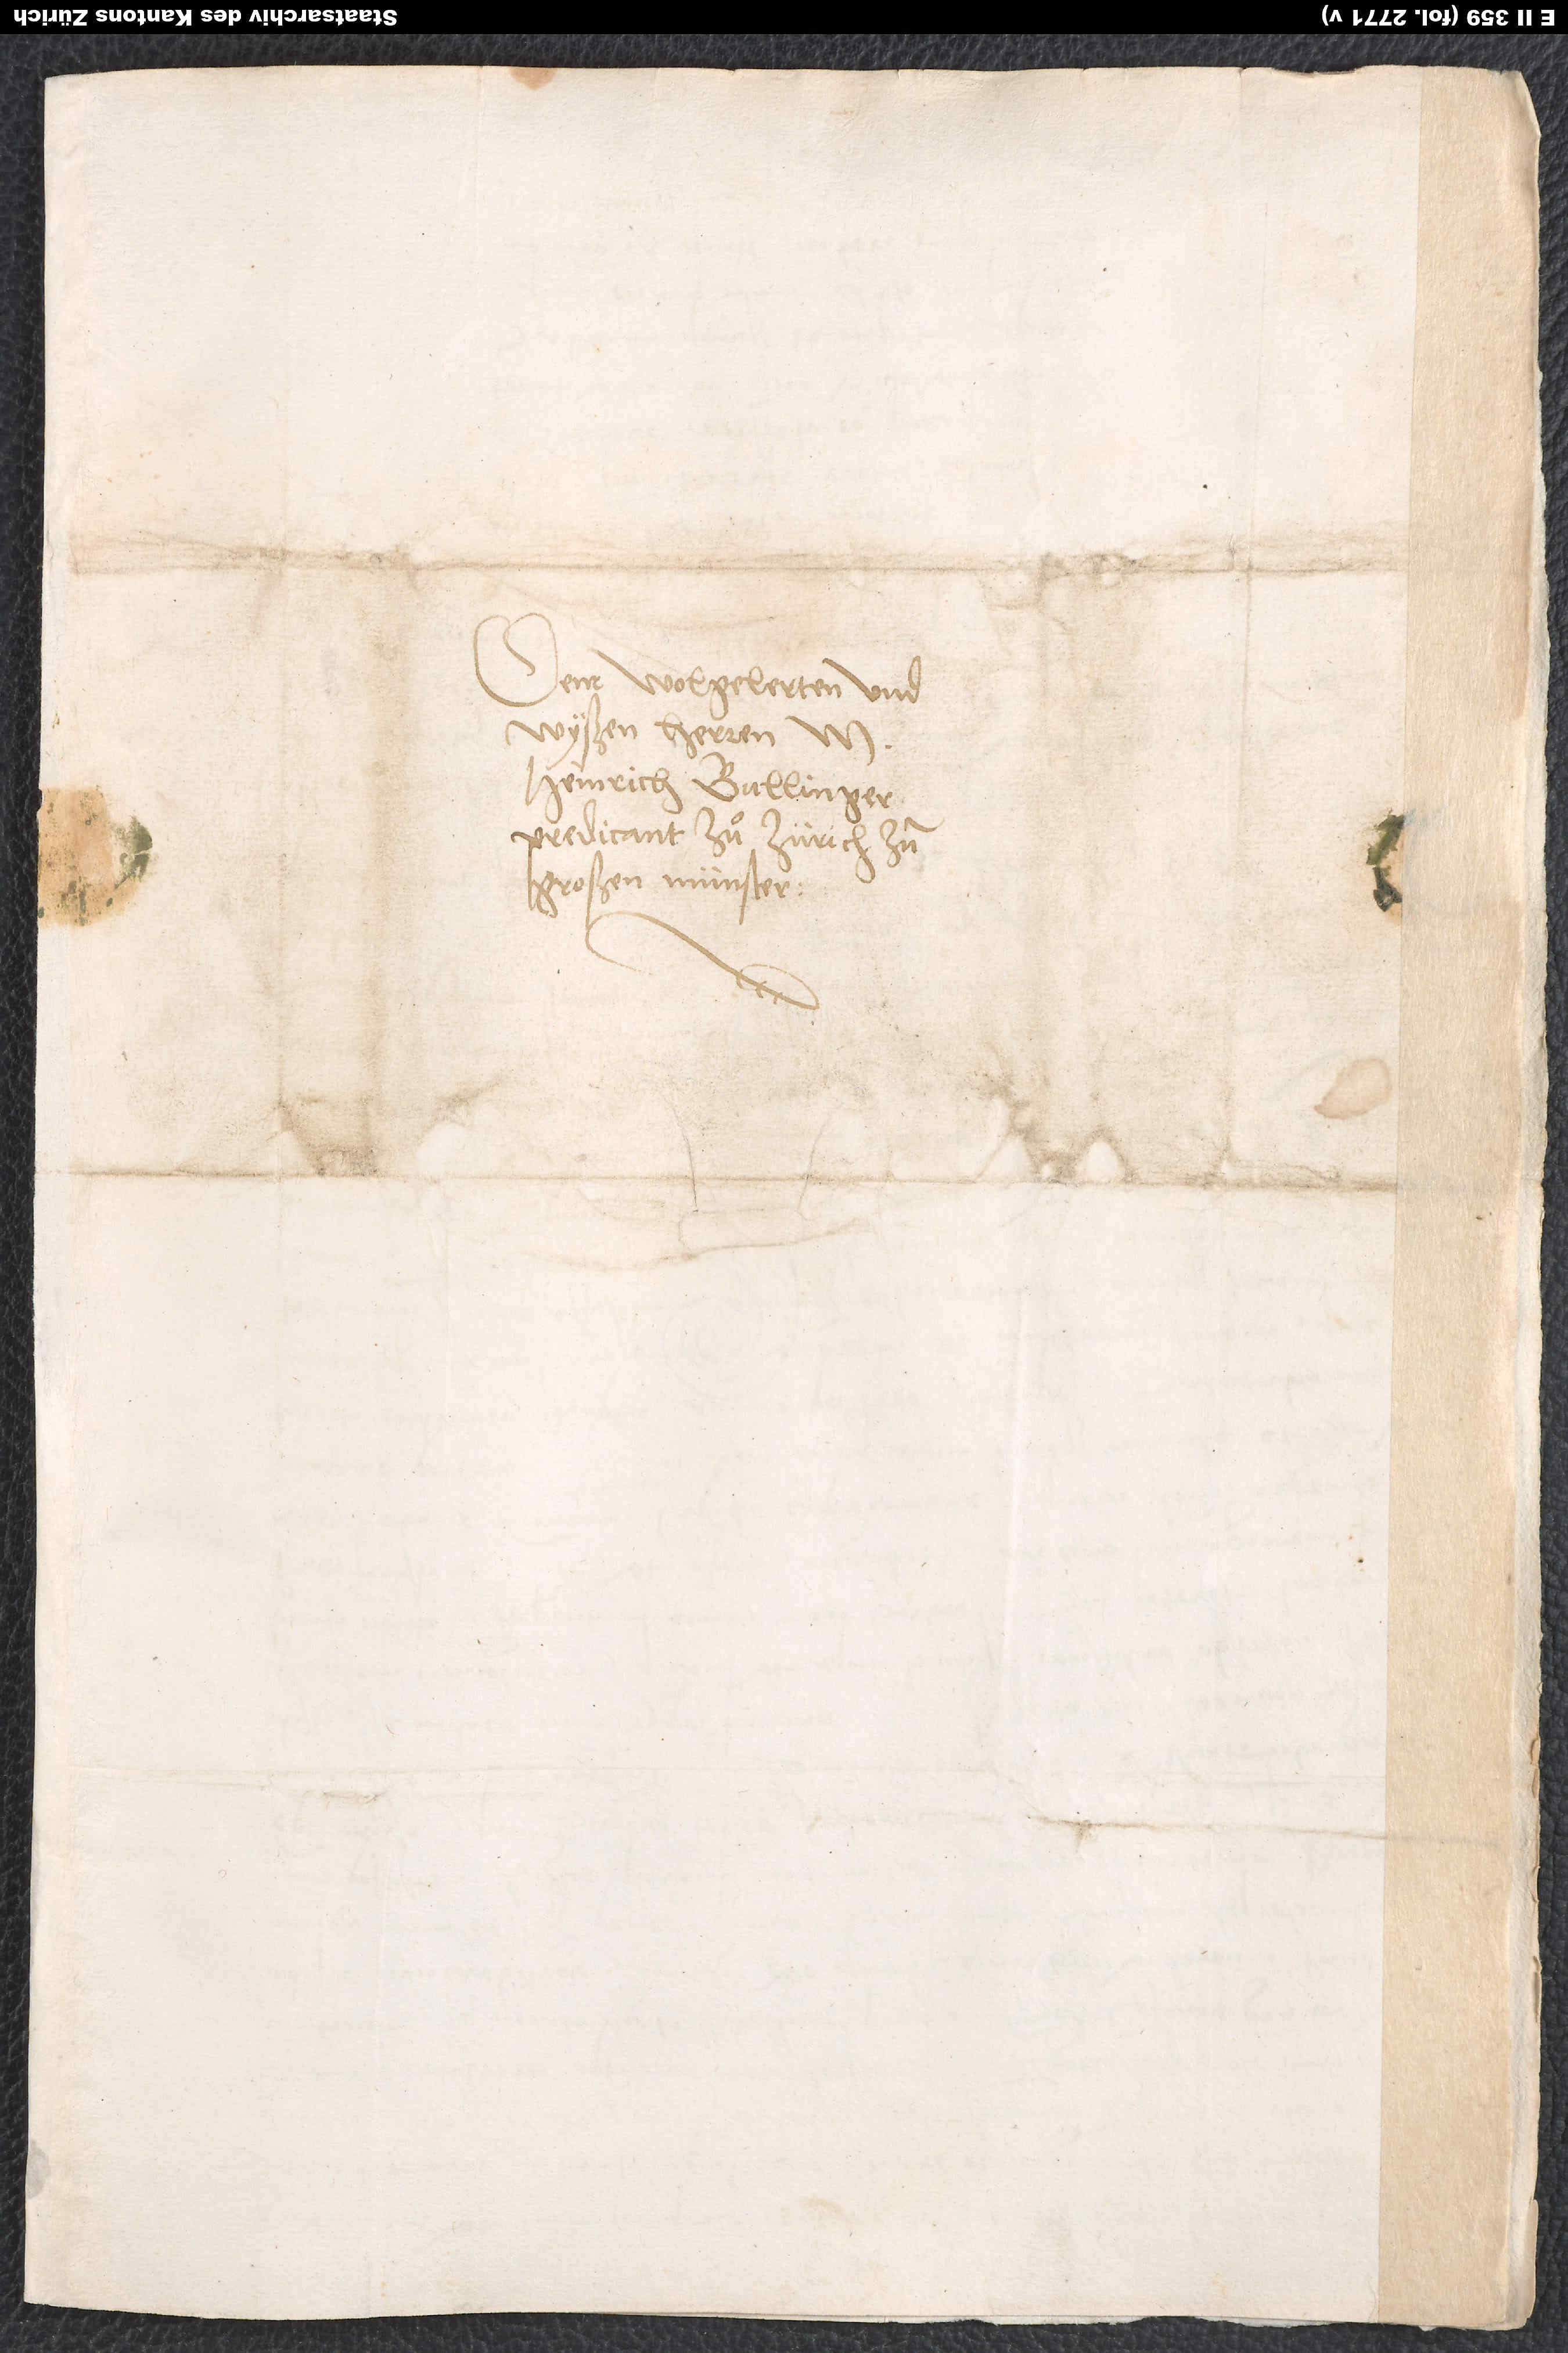
Dem wolgelerten und
wyßen herren M.
Heinrich Bullinger,
predicant zuͦ Zürich zum
großen münster.